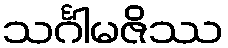
သင်္ဂါမဇိဿ